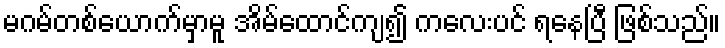
မဂမ်တစ်ယောက်မှာမူ အိမ်ထောင်ကျ၍ ကလေးပင် ရနေပြီ ဖြစ်သည်။